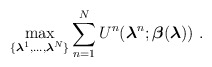
\begin{align*}\max_{\{{\boldsymbol \lambda}^1,\dots,{\boldsymbol \lambda}^N\}} &\sum_{n = 1}^N U^n({\boldsymbol \lambda}^{n};{\boldsymbol \beta}({\boldsymbol \lambda}))\ .\end{align*}